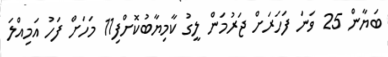
ބަޔާން 25 ވަނަ ފަހަރަށް ޖަރުމަން ލީގު ކާމިޔާބުކޮށްފި11 މަހަށް ފަހު އަމިއްލަ